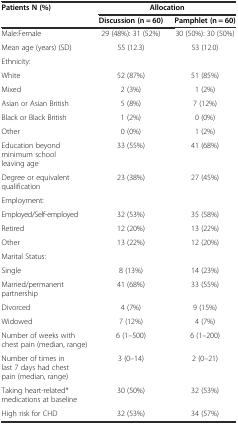
| <ROWSPAN=2> Patients N (%) | <COLSPAN=2> Allocation |
 | Discussion (n = 60) | Pamphlet (n = 60) |
 | --- | --- | --- |
 | Male:Female | 29 (48%): 31 (52%) | 30 (50%): 30 (50%) |
 | Mean age (years) (SD) | 55 (12.3) | 53 (12.0) |
 | Ethnicity: |  |  |
 | White | 52 (87%) | 51 (85%) |
 | Mixed | 2 (3%) | 1 (2%) |
 | Asian or Asian British | 5 (8%) | 7 (12%) |
 | Black or Black British | 1 (2%) | 0 (0%) |
 | Other | 0 (0%) | 1 (2%) |
 | Education beyond minimum school leaving age | 33 (55%) | 41 (68%) |
 | Degree or equivalent qualification | 23 (38%) | 27 (45%) |
 | Employment: |  |  |
 | Employed/Self-employed | 32 (53%) | 35 (58%) |
 | Retired | 12 (20%) | 13 (22%) |
 | Other | 13 (22%) | 12 (20%) |
 | Marital Status: |  |  |
 | Single | 8 (13%) | 14 (23%) |
 | Married/permanent partnership | 41 (68%) | 33 (55%) |
 | Divorced | 4 (7%) | 9 (15%) |
 | Widowed | 7 (12%) | 4 (7%) |
 | Number of weeks with chest pain (median, range) | 6 (1–500) | 6 (1–200) |
 | Number of times in last 7 days had chest pain (median, range) | 3 (0–14) | 2 (0–21) |
 | Taking heart-related* medications at baseline | 30 (50%) | 32 (53%) |
 | High risk for CHD | 32 (53%) | 34 (57%) |